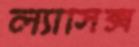
ল্যাসিক্স